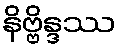
နိဗ္ဗိန္ဒဿ